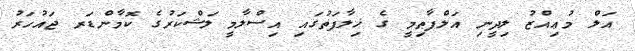
އަލް މުޢިއްޒު ލިދީނި އަލްފާޠިމީ ގެ ޚިލާފަތުގައި އިސްލާމީ ލަޝްކަރުގެ ކޮމާންޑަރ ޖައުހަރު